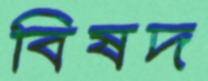
বিষদ